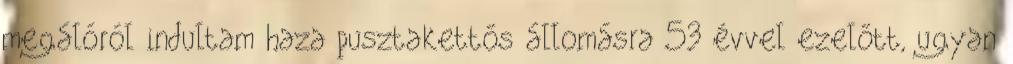
megálóról indultam haza pusztakettős állomásra 53 évvel ezelőtt, ugyan